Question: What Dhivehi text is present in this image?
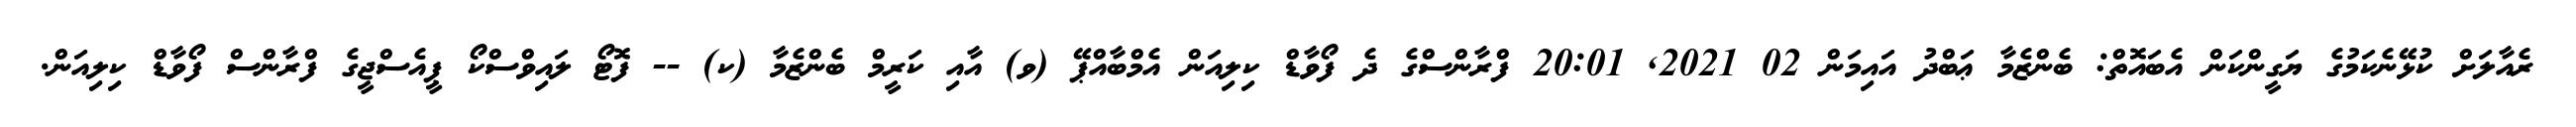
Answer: ރެއާލަށް ކުޅޭނެކަމުގެ ޔަގީންކަން އެބައޮތް: ބެންޒެމާ ޢަބްދު އައިމަން 02 2021, 20:01 ފްރާންސްގެ ދެ ފޯވާޑް ކިލިއަން އެމްބާއްޕޭ (ވ) އާއި ކަރީމް ބެންޒެމާ (ކ) -- ފޮޓޯ ލައިވްސްކޯ ޕީއެސްޖީގެ ފްރާންސް ފޯވާޑް ކިލިއަން.